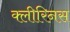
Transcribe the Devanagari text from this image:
क्लीरिनस